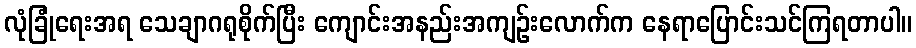
လုံခြုံရေးအရ သေချာဂရုစိုက်ပြီး ကျောင်းအနည်းအကျဉ်းလောက်က နေရာပြောင်းသင်ကြရတာပါ။